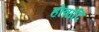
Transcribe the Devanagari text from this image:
होत्रादि